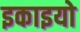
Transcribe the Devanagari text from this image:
इकाइयो